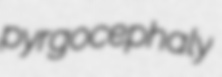
pyrgocephaly